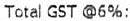
TOTAL GST @6%: